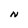
Character: N